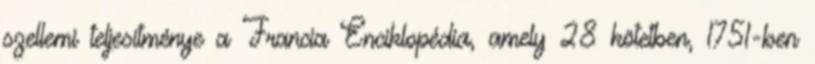
szellemi teljesítménye a Francia Enciklopédia, amely 28 kötetben, 1751-ben